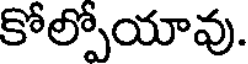
కోల్పోయావు.